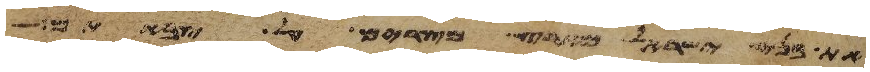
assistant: את בני ישראל מארץ מצרים על צבאתם